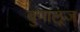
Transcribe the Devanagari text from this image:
बुगालूज